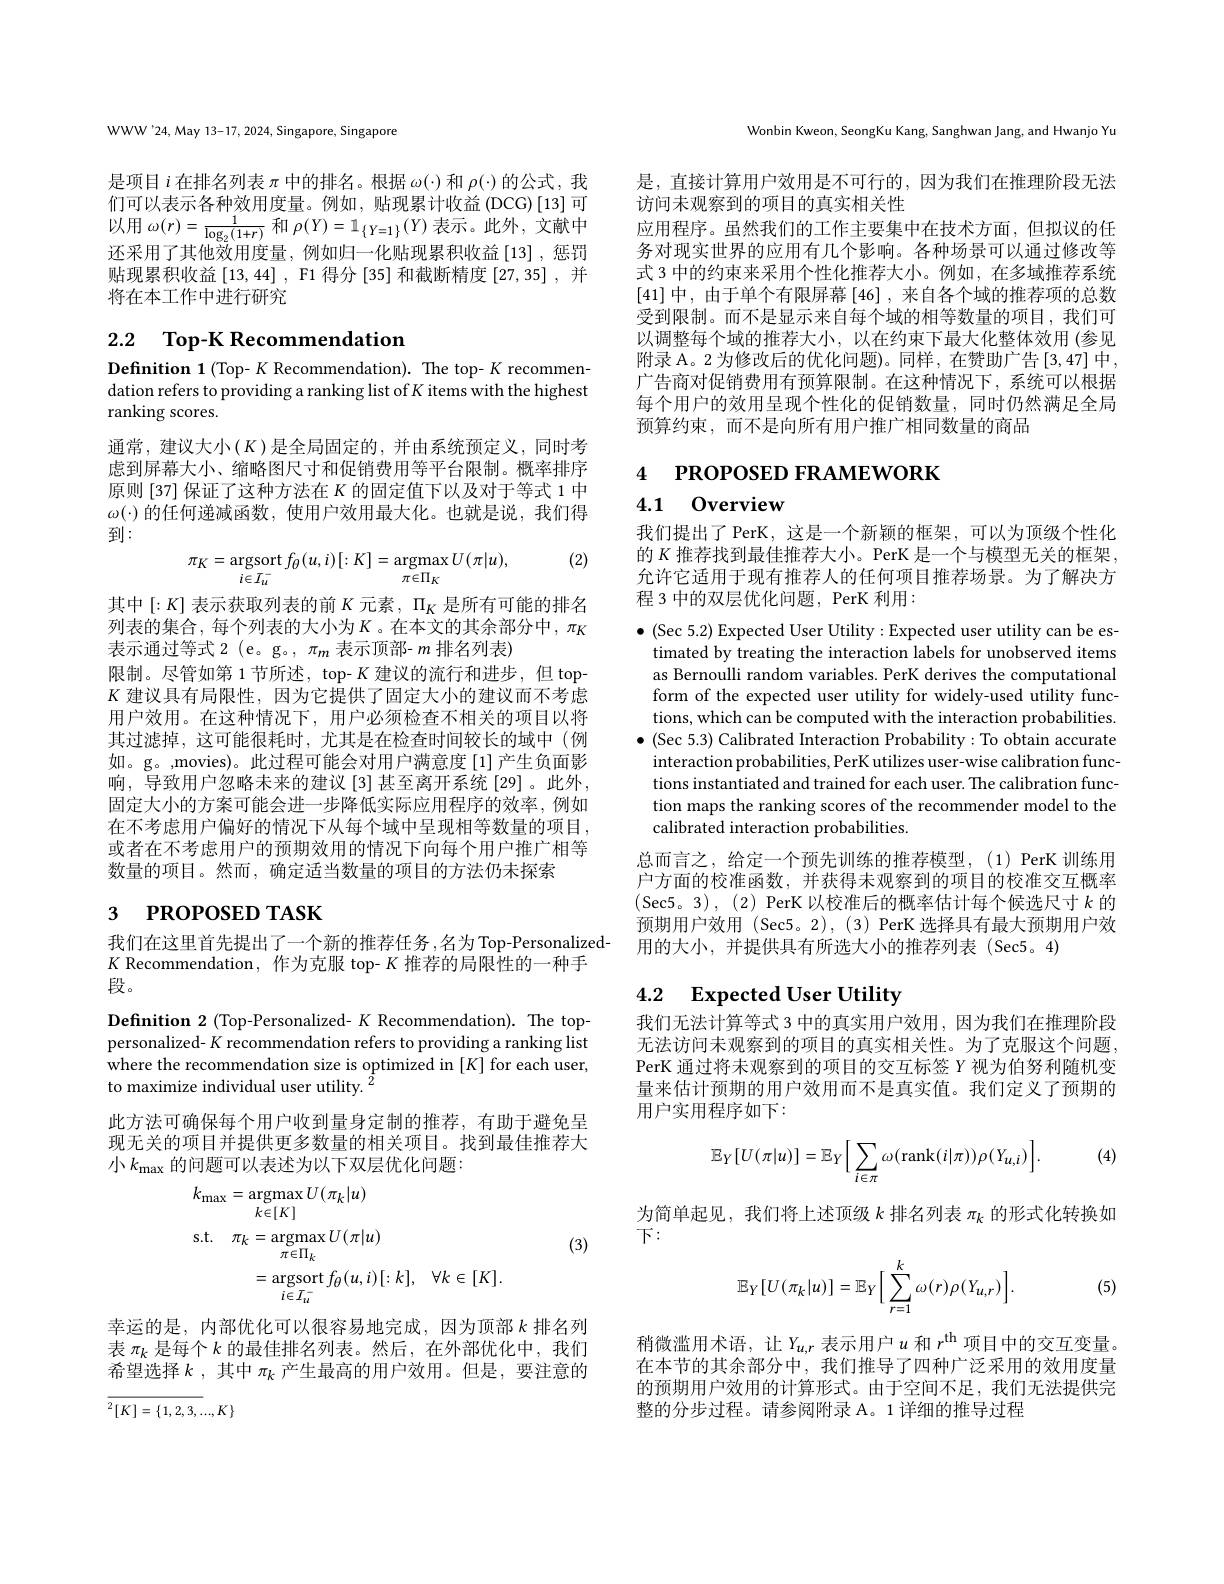
WWW'24,May 13-17, 2024, Singapore, Singapore

是项目$i$在排名列表$\pi$中的排名。根据$\omega(\cdot)$和$\rho(\cdot)$的公式，我们可以表示各种效用度量。例如，贴现累计收益(DCG)[13]可以用$\omega(r)=\frac1{\log_{2}(1+r)}$和$\rho(Y)=\mathbb{1}_{\{Y=1\}}(Y)$表示。此外，文献中$\bar{\text{还采用了其他效用度量，例如归一化贴现累积收益[13],惩罚}}$ 贴现累积收益$\left[13,44\right]$, F1 得分 [35] 和截断精度 [27,35] ,并将在本工作中进行研究

# 2.2 Top-K Recommendation

Definition 1 (Top- $K$ Recommendation). The top- $K$ recommendation refers to providing a ranking list of $K$ items with the highest ranking scores.

通常，建议大小$\left(K\right)$是全局固定的，并由系统预定义，同时考虑到屏幕大小、缩略图尺寸和促销费用等平台限制。概率排序原则 [37] 保证了这种方法在$K$的固定值下以及对于等式 1 中$\omega(\cdot)$的任何递减函数，使用户效用最大化。也就是说，我们得到：

(2)
$$\pi_{K}=\mathop{\mathrm{argsort}}_{i\in I_{u}^{-}}f_{\theta}(u,i)[:K]=\mathop{\mathrm{argmax}}_{\pi\in\Pi_{K}}U(\pi|u),$$
其中$\left[:K\right]$表示获取列表的前$K$元素$,\Pi_K$是所有可能的排名列表的集合，每个列表的大小为$K$。在本文的其余部分中，$\pi_{K}$ 表示通过等式 2 (e。g。, $\pi_m$表示顶部- $m$排名列表)
限制。尽管如第 1 节所述，top- $K$建议的流行和进步，但 top- $K$建议具有局限性，因为它提供了固定大小的建议而不考虑用户效用。在这种情况下，用户必须检查不相关的项目以将其过滤掉，这可能很耗时，尤其是在检查时间较长的域中(例如。g。,movies)。此过程可能会对用户满意度[1]产生负面影响，导致用户忽略未来的建议[3]甚至离开系统[29]。此外， 固定大小的方案可能会进一步降低实际应用程序的效率，例如在不考虑用户偏好的情况下从每个域中呈现相等数量的项目， 或者在不考虑用户的预期效用的情况下向每个用户推广相等数量的项目。然而，确定适当数量的项目的方法仍未探索

# $_{3}$ PROPOSED TASK

我们在这里首先提出了一个新的推荐任务 ,名为 Top-Personalized-
$K$ Recommendation, 作为克服 top- $K$推荐的局限性的一种手
段。

Definition 2 (Top-Personalized- $K$ Recommendation). The toppersonalized- $K$ recommendation refers to providing a ranking list where the recommendation size is optimized in $[K]$ for each user, to maximize individual user utility. $^{2}$
此方法可确保每个用户收到量身定制的推荐，有助于避免呈现无关的项目并提供更多数量的相关项目。找到最佳推荐大小$k_\mathrm{max}$的问题可以表述为以下双层优化问题：
$$\begin{aligned}&k_{\mathrm{max}}=\operatorname*{argmax}_{k\in[K]}U(\pi_{k}|u)\\&\mathrm{s.t.}\quad\pi_{k}=\operatorname*{argmax}_{\pi\in\Pi_{k}}U(\pi|u)\\&=\operatorname*{argsort}_{i\in I_{u}^{-}}f_{\theta}(u,i)[:k],\quad\forall k\in[K].\end{aligned}$$
(3)

幸运的是，内部优化可以很容易地完成，因为顶部$k$ 排名列表$\pi_k$是每个$k$的最佳排名列表。然后，在外部优化中，我们希望选择$k$,其中 $\pi_k$ 产生最高的用户效用。但是，要注意的
$$\overline{^2[K]=\{1,2,3,...,K\}}$$
Wonbin Kweon, SeongKu Kang, Sanghwan Jang, and Hwanjo Yu

是，直接计算用户效用是不可行的，因为我们在推理阶段无法
访问未观察到的项目的真实相关性
应用程序。虽然我们的工作主要集中在技术方面，但拟议的任务对现实世界的应用有几个影响。各种场景可以通过修改等式 3 中的约束来采用个性化推荐大小。例如 ,在多域推荐系统[41]中，由于单个有限屏幕[46] ,来自各个域的推荐项的总数受到限制。而不是显示来自每个域的相等数量的项目，我们可以调整每个域的推荐大小，以在约束下最大化整体效用(参见附录 A。2 为修改后的优化问题)。同样，在赞助广告$\left[3,47\right]$中广告商对促销费用有预算限制。在这种情况下，系统可以根据每个用户的效用呈现个性化的促销数量，同时仍然满足全局预算约束，而不是向所有用户推广相同数量的商品

# 4 PROPOSED FRAMEWORK

0verview

4.1

我们提出了 PerK, 这是一个新颖的框架，可以为顶级个性化的$K$推荐找到最佳推荐大小。PerK 是一个与模型无关的框架， 允许它适用于现有推荐人的任何项目推荐场景。为了解决方程 3 中的双层优化问题，PerK 利用：

$\bullet($Sec 5.2) Expected User Utility:Expected user utility can be es-
timated by treating the interaction labels for unobserved items as Bernoulli random variables. PerK derives the computational form of the expected user utility for widely-used utility functions, which can be computed with the interaction probabilities.
$\bullet$ (Sec 5.3) Calibrated Interaction Probability: To obtain accurate
interaction probabilities, PerK utilizes user-wise calibration functions instantiated and trained for each user. The calibration function maps the ranking scores of the recommender model to the calibrated interaction probabilities.
总而言之，给定一个预先训练的推荐模型，(1) PerK 训练用户方面的校准函数，并获得未观察到的项目的校准交互概率

(Sec5。3),(2) PerK 以校准后的概率估计每个候选尺寸$k$ 的预期用户效用 (Sec5。2), (3) PerK 选择具有最大预期用户效用的大小，并提供具有所选大小的推荐列表(Sec5。4)

4.2 Expected User Utility

我们无法计算等式 3 中的真实用户效用，因为我们在推理阶段无法访问未观察到的项目的真实相关性。为了克服这个问题， PerK 通过将未观察到的项目的交互标签 Y 视为伯努利随机变量来估计预期的用户效用而不是真实值。我们定义了预期的用户实用程序如下：

(4)
$$\mathbb{E}_{Y}[U(\pi|u)]=\mathbb{E}_{Y}\Big[\sum_{i\in\pi}\omega(\operatorname{rank}(i|\pi))\rho(Y_{u,i})\Big].$$
$\begin{array}{l}\text{为简单起见，我们将上述顶级 }k\text{ 排名列表 }\pi_k\text{ 的形式化转换如}\\\text{下：}\end{array}$
$$\mathbb{E}_Y[U(\pi_k|u)]=\mathbb{E}_Y\Big[\sum_{r=1}^k\omega(r)\rho(Y_{u,r})\Big].$$
(5)

稍微滥用术语，让$Y_u,r$ 表示用户$u$ 和 $r^\mathrm{th}$项目中的交互变量。在本节的其余部分中，我们推导了四种广泛采用的效用度量的预期用户效用的计算形式。由于空间不足，我们无法提供完整的分步过程。请参阅附录 A。1 详细的推导过程